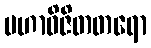
မဟာဝိဇိတတရော